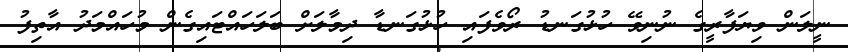
ނީލަން ވިޔަފާރީގެ ނުނިވޭ ހުޅުގަނޑު ރޯވެފައި ހުޅުގަނޑާ ދިމާލަށް ބަލަހައްޓައިގެން މުހައްމަދު އާތިފު